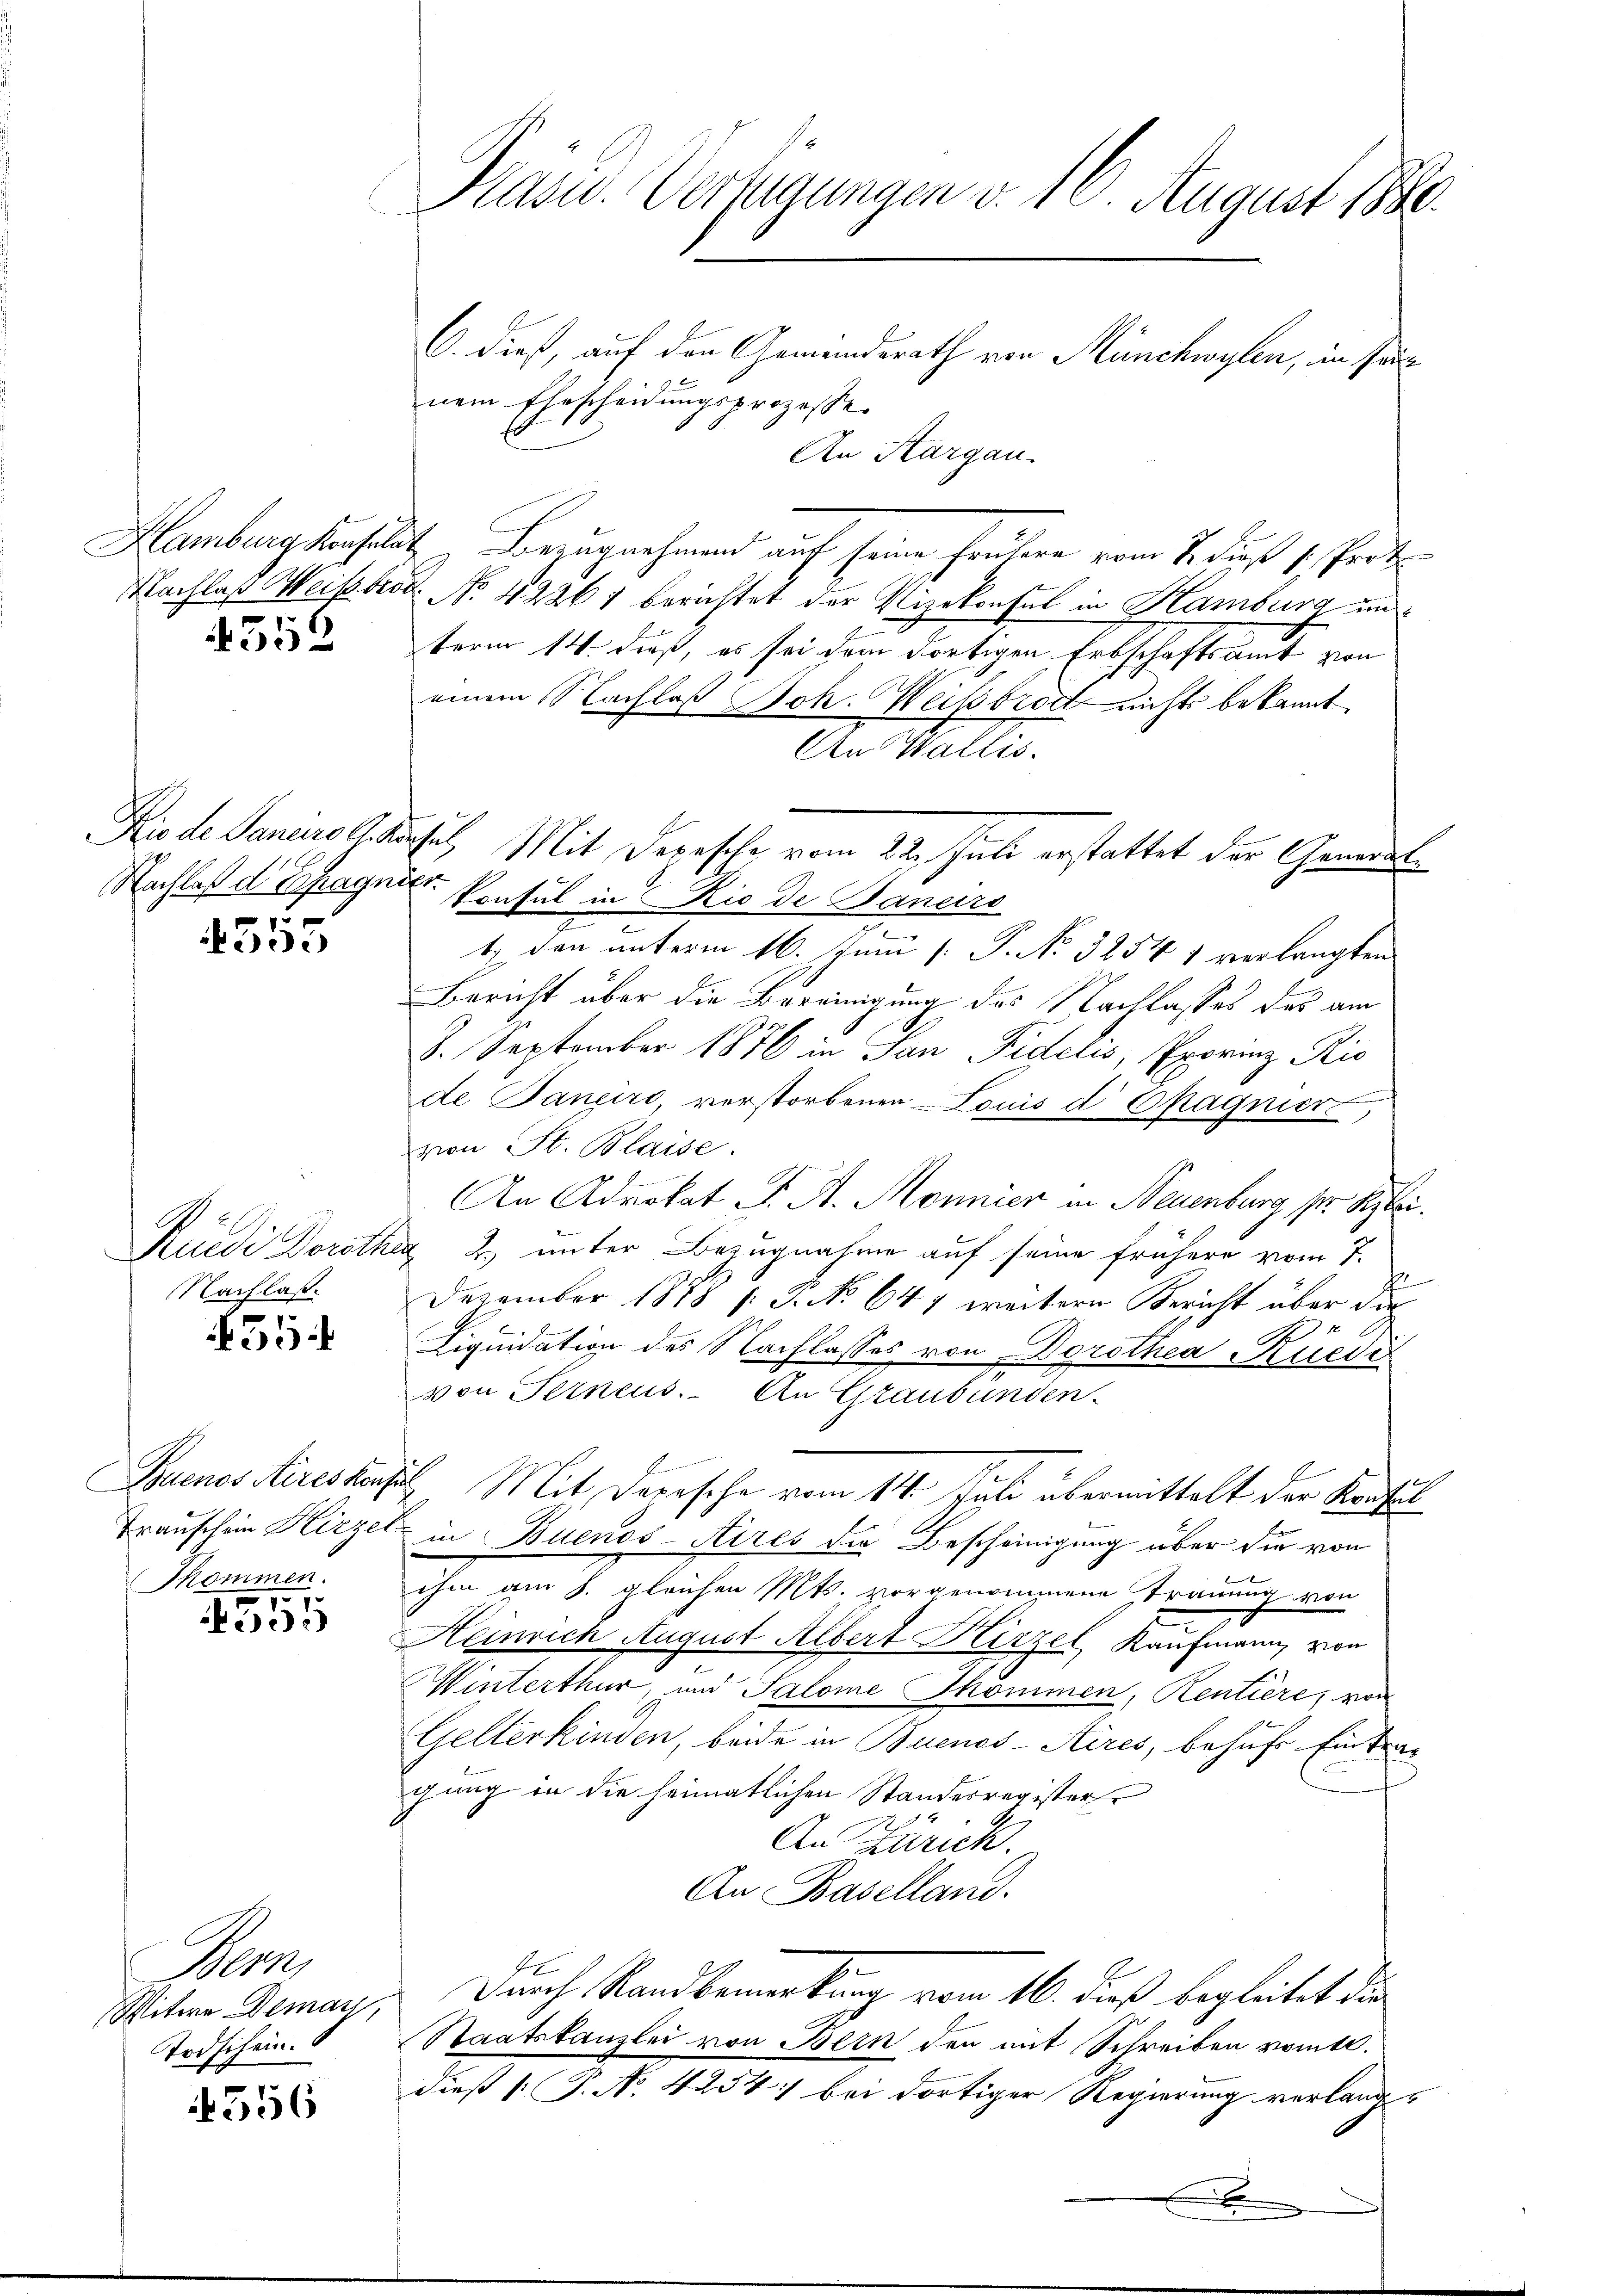
4352

4555

Nachlaß.

35

Thommen.

555

An
Sitere Demay,
Todschein.

556

Präsid. Verfügungen v. 16. August 1890.

C. dieß, auf den Gemeinderath von Münchwylen, in seinem Ehescheidungsprozesse
An Aargau.
Hamburg Konsulat Bezugnehmend auf seine heutern vom 7. dieß 1. Prot
Nachlaß Weissberg No. 42261 berichtet der Vizekonsul in Hamburg un
term 14. dieß, es sei dem dortigen Erbschaftsamt von
einem Nachlaß Joh. Weisbrot nicht bekannt
An Wallis.
Die de Janeiro l. Konsul, Mit Depesche vom 22. Juli erstattet der General¬
Nachlaß d. Schragner Konsul in Rio de Bancirs
e
1.) Den unterm 16. Juni [ P. No. 3254 1 verlangten
Bericht über die Bereinigung des Nachlasses das am
8. September 1876 in San Fidelis, Prorenz Ris
de Janeiro, verstorbenen Louis d Cragnier
von St. Blaise.
An Advokat J. A. Monnier in Neuenburg per Stei¬
Rüedi Dorotha 2) unter Bezugnahme auf seine frühere vom 7.
h
Dezember 1888 f. P. No 647 weiteren Bericht über die
f
Liquidation des Nachlasses von Dorothea Rüede
2
von Ferneus. An Graubünden.
Buenos Aireskonsul Mit Dersehe vom 14. Juli übermittelt der Kaufes
Trauschein Hirzel in Buenos-Aires die Bescheinigung über die von
ihm am 8. gleichen Mts. vorgenommene Trauung von
Heinrich August Albert Hirzel Kaufmann, von
Winterthur, und Salome Skommen, Rentière, von
Gelterkinden, beide in Buenos-Aires, behufs Eintra-
gung in die heimatlichen Standesregister Er
An Zürich.
An Baselland.
Durch Stand bemerkung vom 16. dieß begleitet die
Staatskanzlei von Bern den mit Schreiben romtl.
dieß P. N. 4254: bei dortiger Regierung verlangs
.